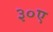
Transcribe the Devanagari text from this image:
३०ए